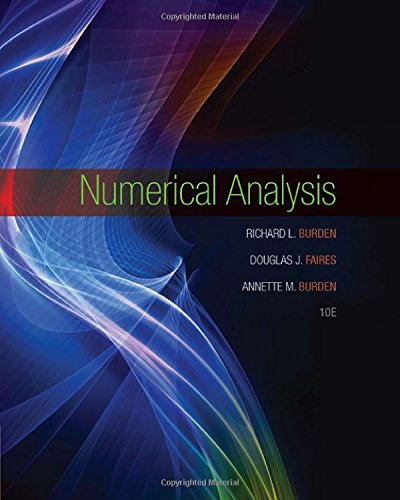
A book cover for Numerical Analysis; Richard L. Burden; Science & Math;